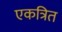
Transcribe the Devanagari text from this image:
एकत्रित